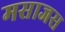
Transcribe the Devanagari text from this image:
मसाजस